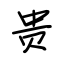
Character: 贵